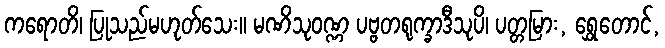
ကရောတိ၊ ပြုသည်မဟုတ်သေး။ မဏိသုဝဏ္ဏ ပဗ္ဗတရုက္ခာဒီသုပိ၊ ပတ္တမြား, ရွှေတောင်,